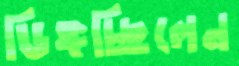
ডিঙ্গচ্ছিলেন